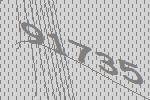
91735